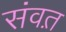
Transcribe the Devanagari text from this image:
संवत़